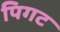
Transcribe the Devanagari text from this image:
पिगट